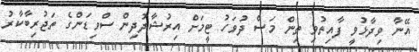
އޭނާ ވިދާޅުވީ ފާއިތުވި ތިން މަސް ދުވަހު ޓީމަށް އިރުޝާދުދިން ސްވިޑަންގެ ތަޖުރިބާކާރު